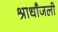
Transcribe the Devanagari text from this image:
श्राधाँजली